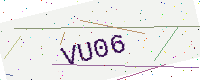
Text: VU06